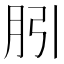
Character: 䏖